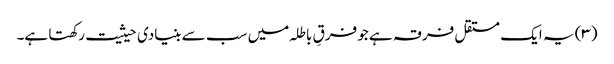
(۳) یہ ایک مستقل فرقہ ہے جو فرقِ باطلہ میں سب سے بنیادی حیثیت رکھتا ہے۔